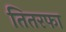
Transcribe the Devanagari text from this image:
तितरफा